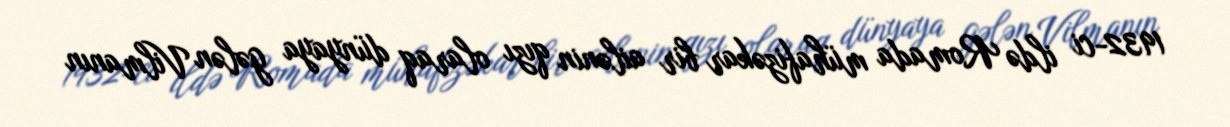
1932-ci ildə Romada mühafizəkar bir ailənin qızı olaraq dünyaya gələn Vilmanın